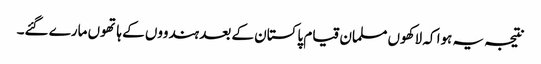
نتیجہ یہ ہوا کہ لاکھوں مسلمان قیام پاکستان کے بعد ہندووں کے ہاتھوں مارے گئے۔